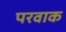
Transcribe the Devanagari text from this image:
परवाक